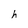
Character: h